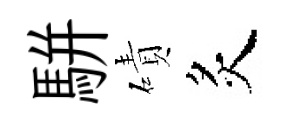
駢磧炙